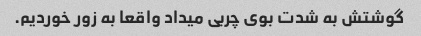
گوشتش به شدت بوی چربی میداد واقعا به زور خوردیم.